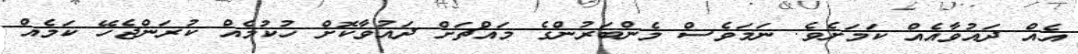
އެއް ދައުވާއެއް ކަމަށެވެ. ނަމަވެސް މެންބަރުންގެ މައްޗަށް ދައުވާކޮށް ހުކުމެއް ކުރަންޖެހޭ ކަމެއް